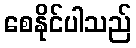
စေနိုင်ပါသည်